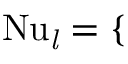
\mathrm { N u \it _ l = \left\{ \begin{array} { r l r l } \end{array} \right. }